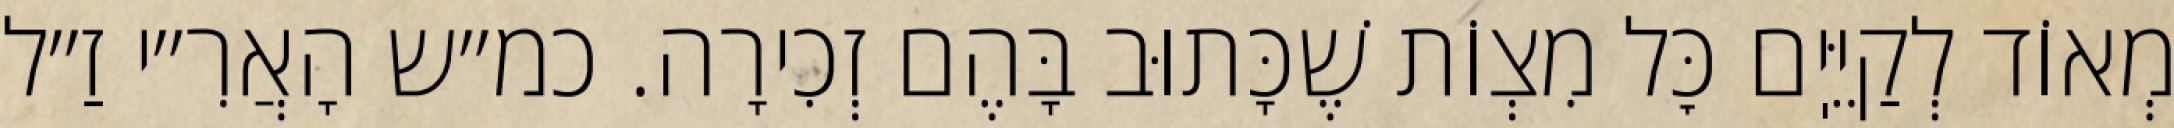
מְאוֹד לְקַיֵּיֽם כׇּל מִצְוֹת שֶׁכָּתוּב בָּהֶם זְכִירָה. כמ״ש הָאֲרִ״י זַ״ל